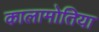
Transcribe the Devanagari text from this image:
कालामोतिया